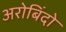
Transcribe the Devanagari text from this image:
अरोबिंदो